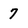
Character: 7